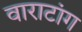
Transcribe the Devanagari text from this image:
वाराटांग